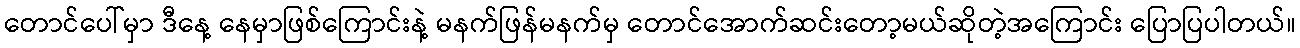
တောင်ပေါ်မှာ ဒီနေ့ နေမှာဖြစ်ကြောင်းနဲ့ မနက်ဖြန်မနက်မှ တောင်အောက်ဆင်းတော့မယ်ဆိုတဲ့အကြောင်း ပြောပြပါတယ်။